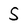
Character: S